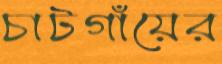
চাটগাঁয়ের